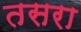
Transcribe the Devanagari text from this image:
तसरा